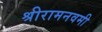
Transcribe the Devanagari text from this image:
श्रीरामनवमी